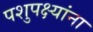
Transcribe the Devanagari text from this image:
पशुपक्ष्यांना